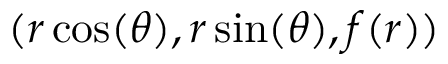
( r \cos ( \theta ) , r \sin ( \theta ) , f ( r ) )